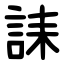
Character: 誄